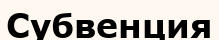
Субвенция